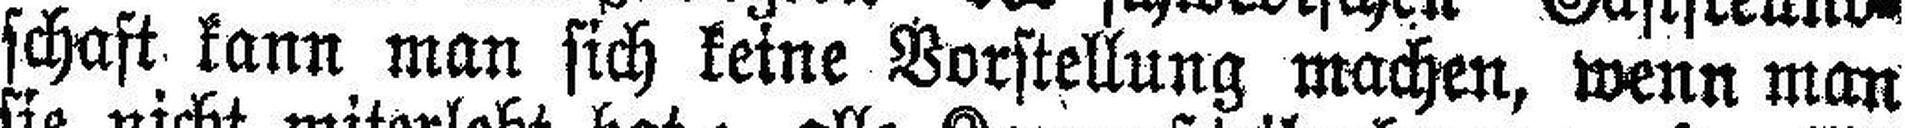
schaft kann man sich keine Vorstellung machen, wenn man